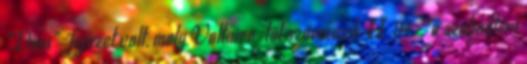
„Dieu”-fejezet volt, mely Voltaire-től származik II 94, „ a szabadtéri